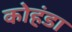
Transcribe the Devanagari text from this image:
कोहंडा